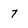
Character: 7